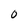
Character: O